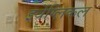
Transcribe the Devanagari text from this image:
इवेंग्लिकल